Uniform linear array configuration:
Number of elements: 12
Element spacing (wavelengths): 0.5
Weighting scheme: cosine
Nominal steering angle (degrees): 45
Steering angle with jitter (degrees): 46.515
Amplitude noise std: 0.05
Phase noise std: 0.05

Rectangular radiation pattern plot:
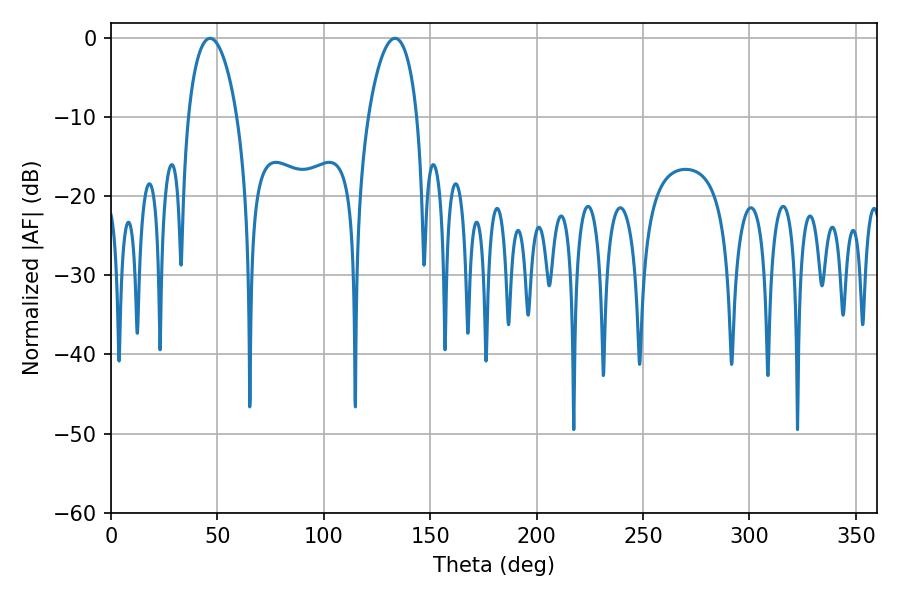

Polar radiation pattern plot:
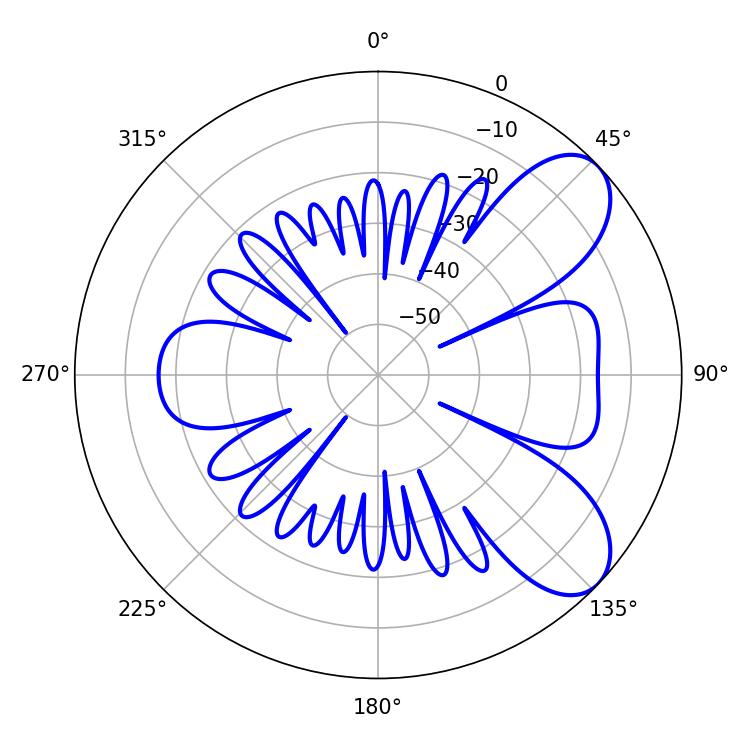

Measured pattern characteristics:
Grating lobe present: FALSE
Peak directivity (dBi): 7.505
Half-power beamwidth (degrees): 13.14
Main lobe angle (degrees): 46.62